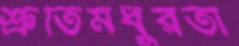
শ্রুতিমধুরতা